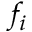
f _ { i }